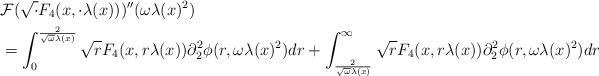
LaTeX: \begin{align*} &\mathcal{F}(\sqrt{\cdot}F_{4}(x,\cdot\lambda(x)))''(\omega \lambda(x)^{2})\\&=\int_{0}^{\frac{2}{\sqrt{\omega}\lambda(x)}} \sqrt{r} F_{4}(x,r\lambda(x)) \partial_{2}^{2}\phi(r,\omega\lambda(x)^{2}) dr + \int_{\frac{2}{\sqrt{\omega}\lambda(x)}}^{\infty} \sqrt{r} F_{4}(x,r\lambda(x)) \partial_{2}^{2}\phi(r,\omega\lambda(x)^{2}) dr\end{align*}